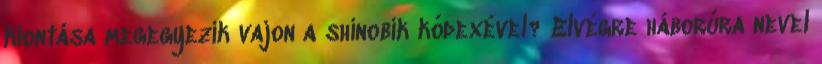
kiontása megegyezik vajon a shinobik kódexével? Elvégre háborúra nevel